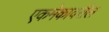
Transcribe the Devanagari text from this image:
एकमेकावरील